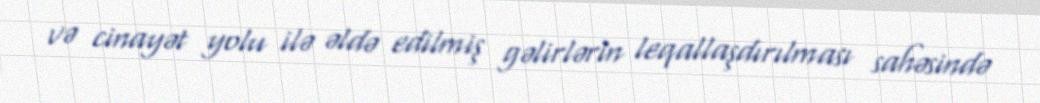
və cinayət yolu ilə əldə edilmiş gəlirlərin leqallaşdırılması sahəsində